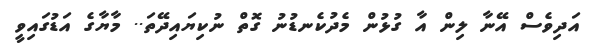
އަދިވެސް އޭނާ ލިން އާ ގުޅުން މެދުކެނޑުނު ގޮތް ނުކިޔައިދޭތަ.. މާޔާގެ އަޑުގައިވީ